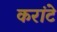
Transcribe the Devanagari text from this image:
करांटे